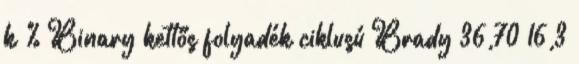
k % Binary kettős folyadék ciklusú Brady 36,70 16,3